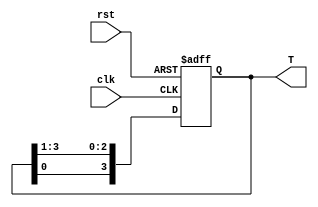
`timescale 1ns / 1ps
//////////////////////////////////////////////////////////////////////////////////
// Company: 
// Engineer: 
// 
// Design Name: 
// Module Name: beat_generator
// Project Name: 
// Target Devices: 
// Tool Versions: 
// Description: 
// 
// Dependencies: 
// 
// Revision:
// Revision 0.01 - File Created
// Additional Comments:
// 
//////////////////////////////////////////////////////////////////////////////////


module pulse_generator(
    input wire clk,         // 
    input wire rst,         // 
    output reg [3:0] T     // 
);


    always @(posedge clk or posedge rst) begin
        if (rst) begin
            T <= 4'b1000;               // 1000
        end else begin
            T <= {T[0], T[3:1]};        // clk
        end
    end
endmodule